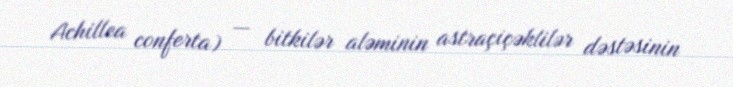
Achillea conferta) — bitkilər aləminin astraçiçəklilər dəstəsinin